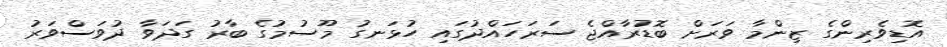
އޮޑިވެރިންގެ ޒިންމާ ވަރަށް ބޮޑުރާއްޖެ ސަރަހައްދުގައި ހުޅަނގު މޫސުމުގެ ބާރު ގަދަވާ ދުވަސްވަރު